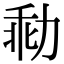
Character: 㔞